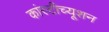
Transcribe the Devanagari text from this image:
कांस्टीच्यूशन